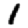
Digit: 1